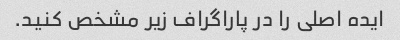
ایده اصلی را در پاراگراف زیر مشخص کنید.